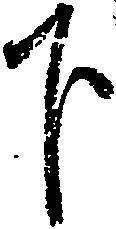
下